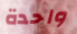
واحدة